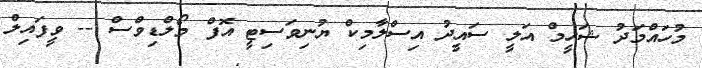
މުހައްމަދު ޝަހީމް އަލީ ސައީދު އިސްލާމިކް ޔުނިވަސިޓީ އޮފް މޯލްޑިވްސް -- ވީފައިލް